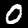
Label: 0